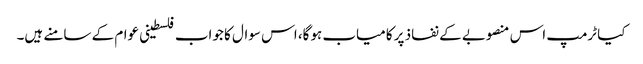
کیا ٹرمپ اس منصوبے کے نفاذ پر کامیاب ہوگا، اس سوال کا جواب فلسطینی عوام کے سامنے ہیں۔